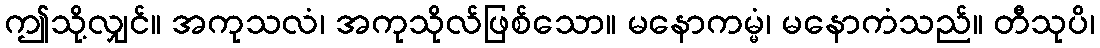
ဤသို့လျှင်။ အကုသလံ၊ အကုသိုလ်ဖြစ်သော။ မနောကမ္မံ၊ မနောကံသည်။ တီသုပိ၊